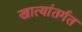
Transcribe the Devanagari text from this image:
खात्यांतर्गत